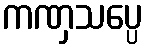
ကဏှသပ္ပေ